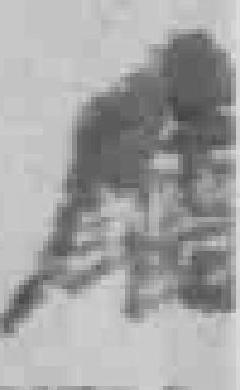
*